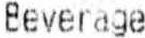
BEVERAGE